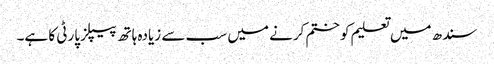
سندھ میں تعلیم کو ختم کرنے میں سب سے زیادہ ہاتھ پیپلز پارٹی کا ہے۔